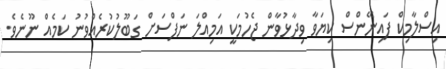
އިސްލާމިކް ފައިނޭންސް ކިޔަވާ ވިދާޅުވާން ޖެހުމަކީ އަމިއްލަ ނަފްސަށް ގަބޫލުކުރެއްވުނު ކަމެއް ނޫނެވެ.